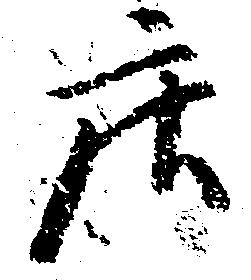
庄